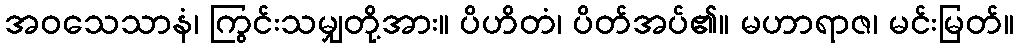
အဝသေသာနံ၊ ကြွင်းသမျှတို့အား။ ပိဟိတံ၊ ပိတ်အပ်၏။ မဟာရာဇ၊ မင်းမြတ်။